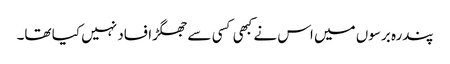
پندرہ برسوں میں اس نے کبھی کسی سے جھگڑا فساد نہیں کیا تھا۔